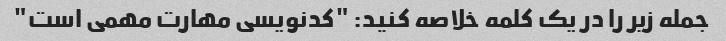
جمله زیر را در یک کلمه خلاصه کنید: "کدنویسی مهارت مهمی است"